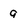
Character: 9